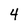
Character: 4